Vaccination in Bombay 1913-1923 - 1913-1923
Year: 1913
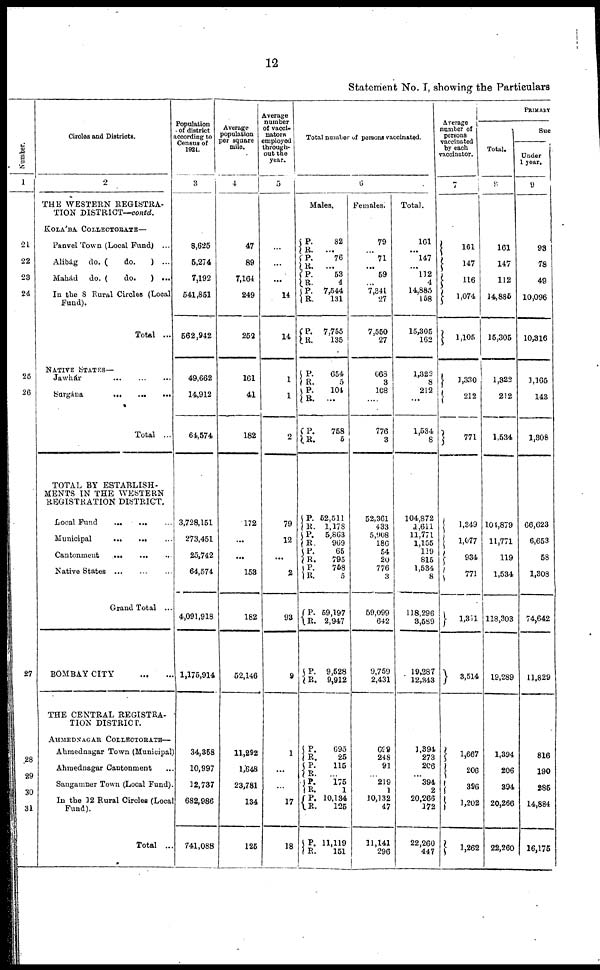
12
Statement No. I, showing the Particulars
Number.
1
21
22
23
24
26
26
27
28
29
30
31
Circles and Districts.
2
THE WESTERN REGISTRA-
TION DISTRICT—contd.
KOLÁBA COLLECTORATE—
Panvel Town (Local Fund)
...
Alibág
do. (
do.
) ...
Mahád
do. (
do.
) ...
In the 8 Rural Circles (Local
Fund).
Total ...
NATIVE STATES —
Jawhár
...
...
...
Surgána
...
...
...
Total ...
TOTAL BY ESTABLISH-
MENTS IN THE WESTERN
REGISTRATION DISTRICT.
Local Fund
...
...
...
Municipal
...
...
...
Cantonment
...
...
...
Native States ... ... ...
Grand Total ...
BOMBAY CITY ... ...
THE CENTRAL REGISTRA-
TION DISTRICT.
AHMEDNAGAR COLLECTORATE—
Ahmednagar Town (Municipal)
Ahmednagar Cantonment ...
Sangamner Town (Local Fund).
In the 12 Rural Circles (Local
Fund).
Total ...
Population
of district
according to
Census of
1921.
3
8,625
5,274
7,192
541,851
562,942
49,662
14,912
64,574
3,728,151
273,451
25,742
64,574
4,091,918
1,175,914
34,358
10,997
12,737
682,986
741,088
Average
population
per square
mile.
4
47
89
7,164
249
252
161
41
182
172
...
...
153
182
52,146
11,292
1,648
23,781
134
126
Average
number
of vacci¬
nators
employed
through-
out the
year.
5
...
...
...
14
14
1
1
2
79
12
...
2
93
9
1
...
...
17
18
Total number of persons vaccinated.
6
Males.
P.
R.
P.
R.
P.
R.
P.
R.
P.
R.
82
...
76
...
53
4
7,544
131
7,755
135
P.
R.
P.
R.
P.
R.
654
5
104
...
758
5
P.
R. P.
R.
P.
R.
P.
R.
P.
R.
P.
R.
52,511
1,178
5,863
969
65
795
758
5
59,197
2,947
9,528
9,912
P.
R.
P.
R. P.
R.
P.
R.
P.
R.
695
25
115
...
175
1
10,134
125
11,119
151
Females.
79
...
71
...
59
...
7,341
27
7,550
27
668
3
108
...
776
3
52,361
433
5,908
186
54
20
776
3
59,099
642
9,759
2,431
699
248
91
...
219
1
10,132
47
11,141
296
Total.
161
...
147
...
112
4
14,885
158
15,305
162
1,322
8
212
...
1,534
8
104,872
1,611
11,771
1,155
119
815
1,534
8
118,296
3,589
19,287
12,343
1,394
273
206
...
394
2
20,266
172
22,260
447
Average
number of
persons
vaccinated
by each
vaccinator.
7
161
147
116
1,074
1,105
1,330
212
771
1,349
1,077
934
771
1,311
3,514
1,667
206
396
1,202
1,262
PRIMARY
Total.
8
161
147
112
14,885
15,305
1,322
212
1,534
104,879
11,771
119
1,534
118,303
19,289
1,394
206
394
20,266
22,260
Suc
Under
1 year.
9
93
78
49
10,096
10,316
1,165
143
1,308
66,623
6,653
58
1,308
74,642
11,829
816
190
285
14,884
16,175